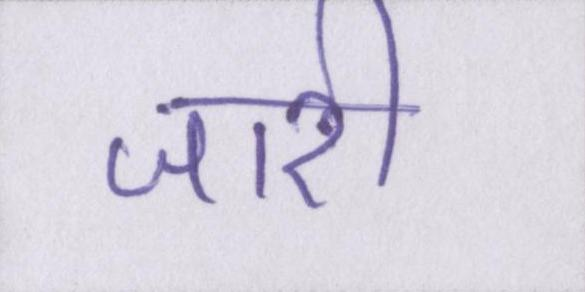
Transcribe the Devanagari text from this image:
जारी